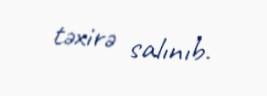
təxirə salınıb.